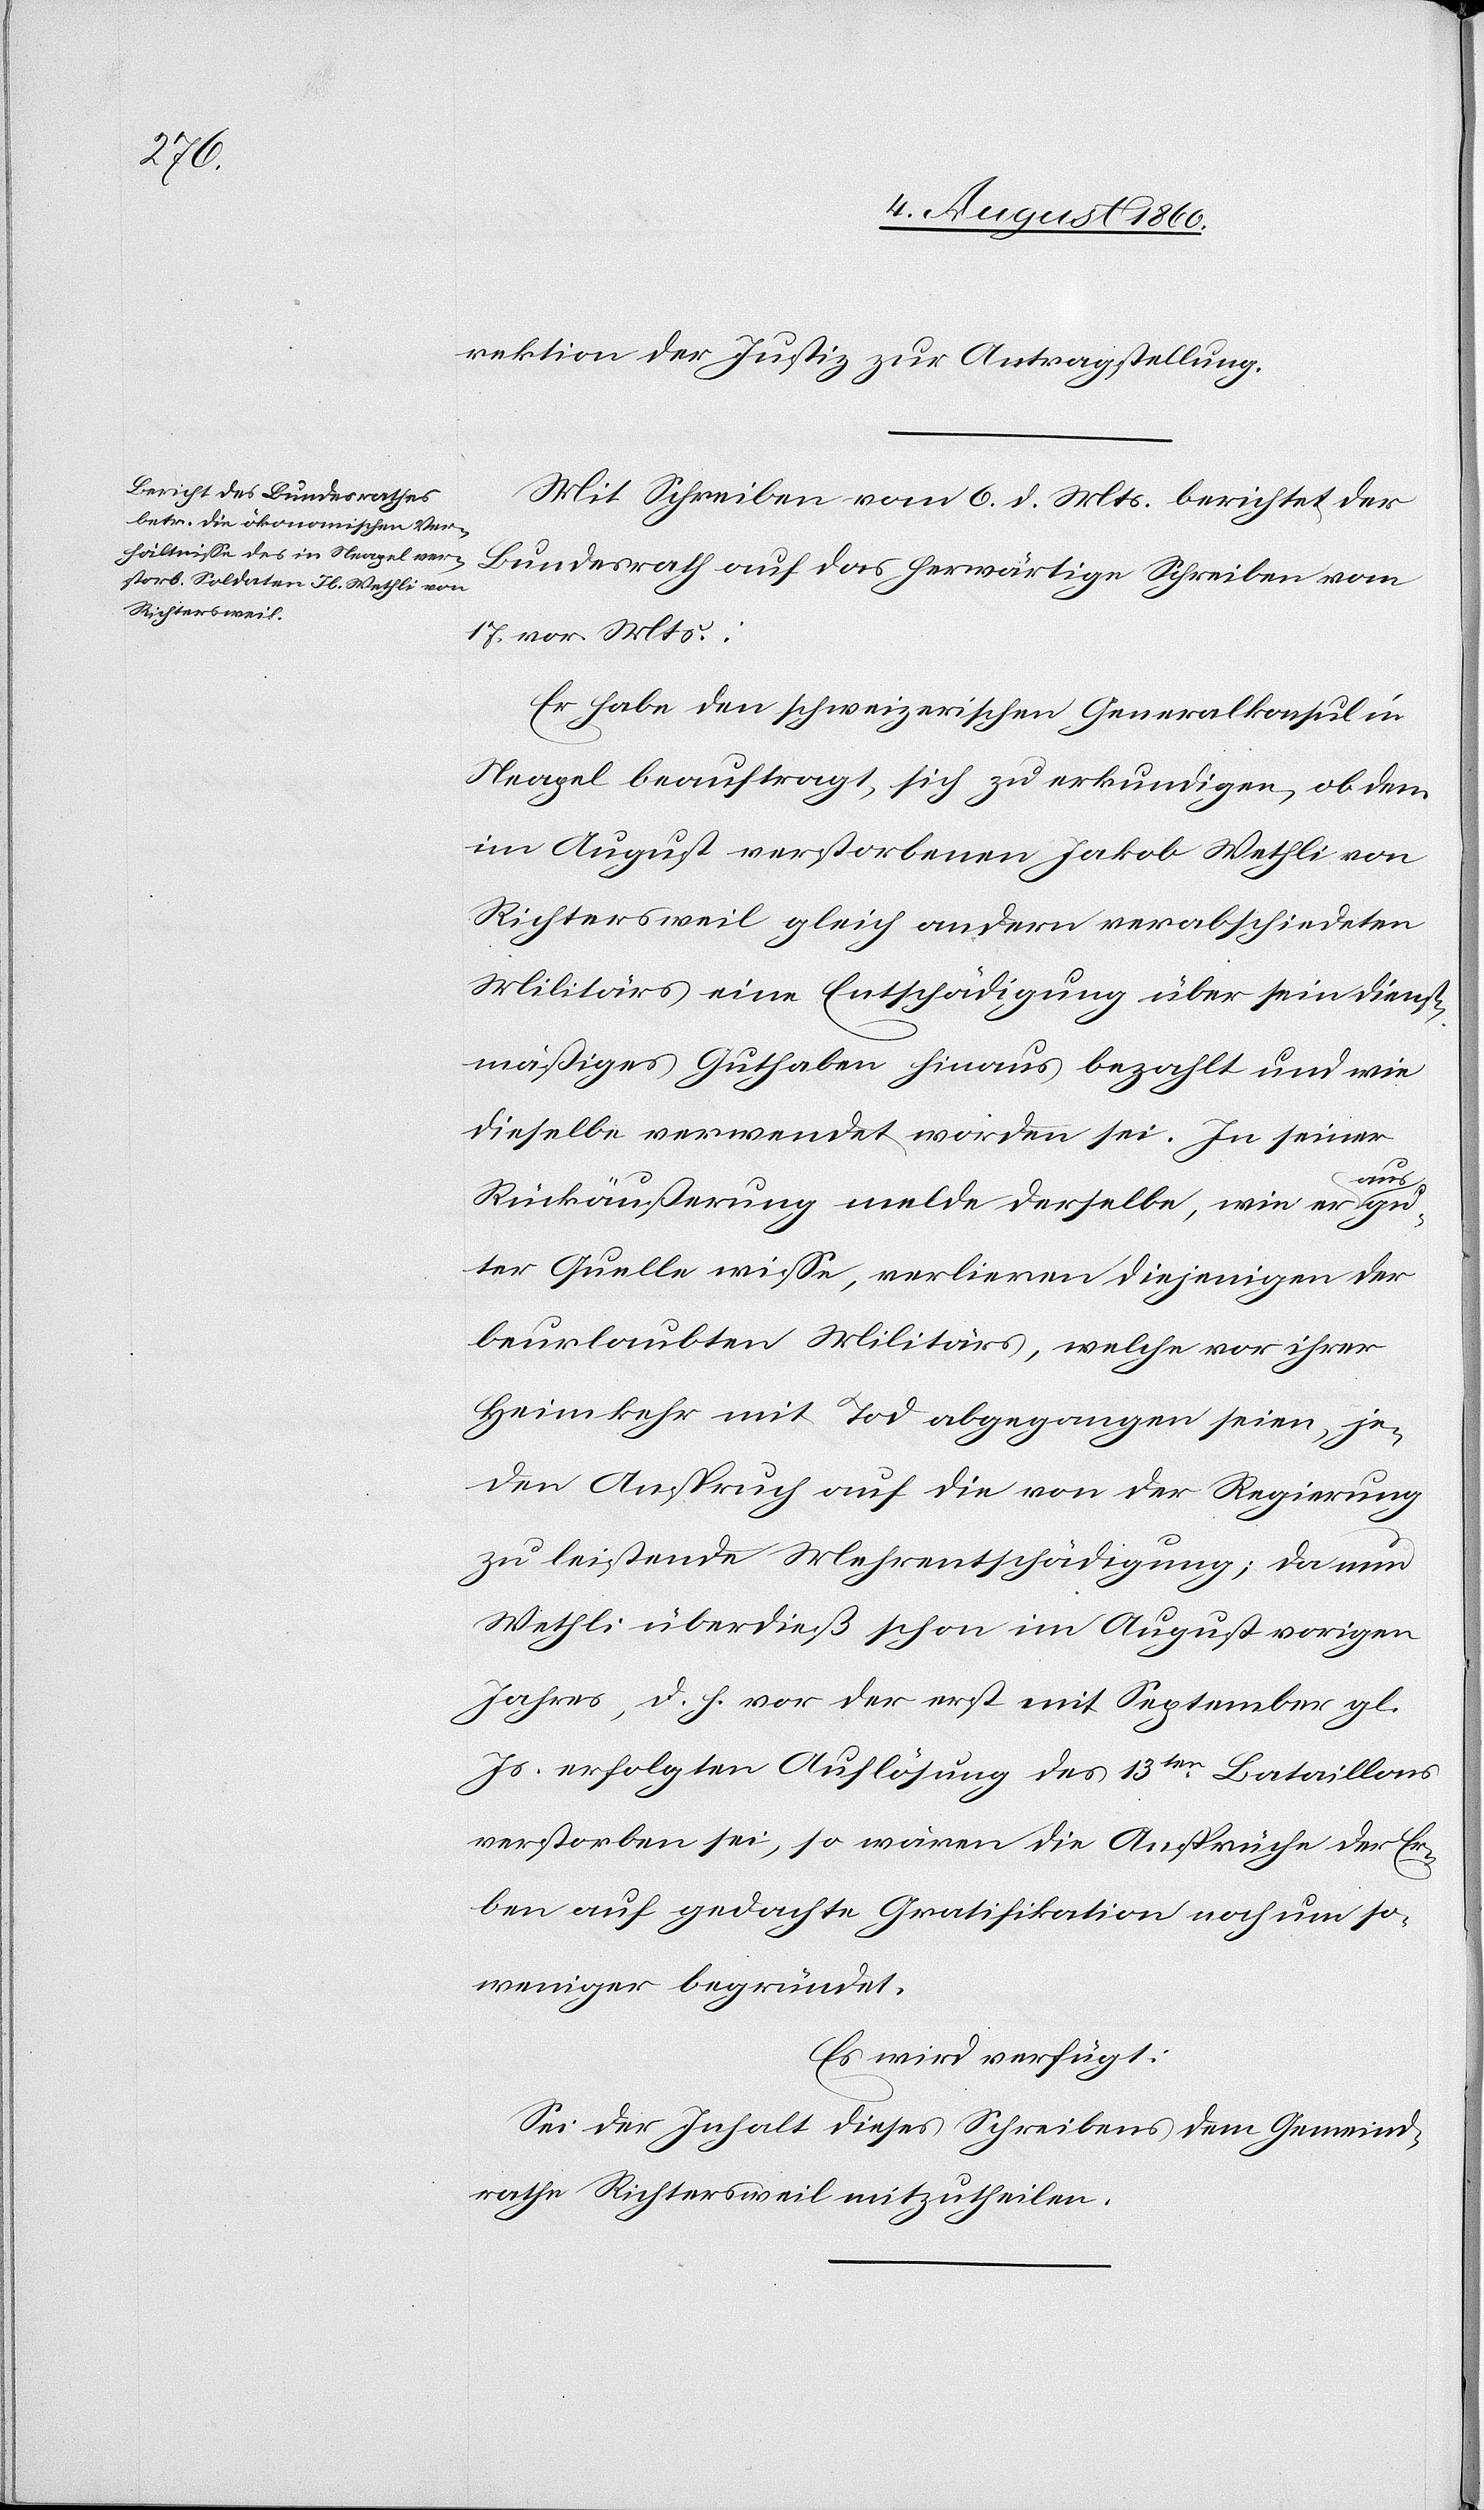
d. h.

8. August 1860.]
Direktion der Justiz zur Antragstellung.
Mit Schreiben vom 6. d. Mts. berichtet der
Bundesrath auf das herwärtige Schreiben vom
17. v. Mts:
Er habe den schweizerischen Generalkonsul in
Neapel beauftragt, sich zu erkundigen, ob dem
im August verstorbenen Jakob Wethli von
Richtersweil gleich andern verabschiedeten
Militärs eine Entschädigung über sein dienst¬
mäßiges Guthaben hinaus bezahlt und wie
dieselbe verwendet worden sei. In einer
mit
Rückäußerung melde derselbe, wie er aus
ter Quelle wisse, verlieren diejenigen der
beurlaubten Militärs, welche vor ihrer
Heimkehr mit Tod abgegangen seien, je¬
den Anspruch auf die von der Regierung
zu leistende Mehrentschädigung; da nun
Wethli überdies schon im August v. Js,
Js. erfolgten Auflösung des 13ten Bataillons
verstorben sei, so wären die Ansprüche der Er¬
ben auf gedachte Gratifikation noch um so
weniger begründet.
Es wird verfügt:
Sei der Inhalt dieses Schreibens dem Gemeind¬
rathe Richtersweil mitzutheilen.